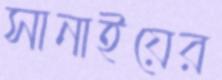
সানাইয়ের